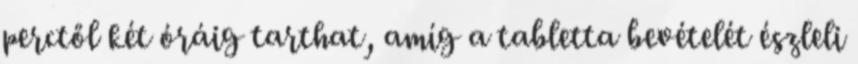
perctől két óráig tarthat, amíg a tabletta bevételét észleli